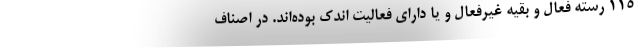
۱۱۵ رسته فعال و بقیه غیرفعال و یا دارای فعالیت اندک بوده‌اند. در اصناف